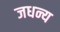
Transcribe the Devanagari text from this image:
जधन्य